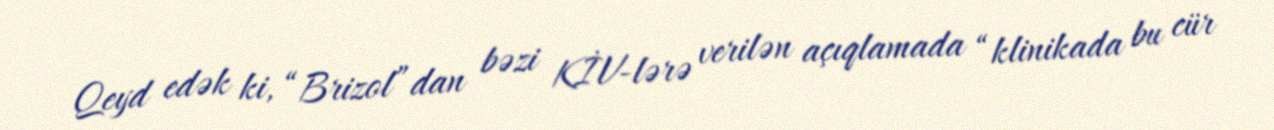
Qeyd edək ki, “Brizol”dan bəzi KİV-lərə verilən açıqlamada “klinikada bu cür